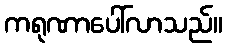
ကရုဏာပေါ်လာသည်။